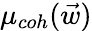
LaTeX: \mu_{coh}(\vec{w})